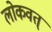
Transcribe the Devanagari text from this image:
लोकवत्